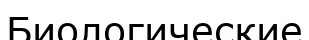
Биологические